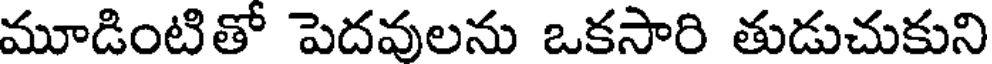
మూడింటితో పెదవులను ఒకసారి తుడుచుకుని